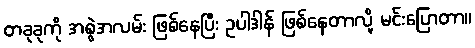
တခုခုကို အစွဲအလမ်း ဖြစ်နေပြီး ဥပါဒါန် ဖြစ်နေတာလို့ မင်းပြောတာ။